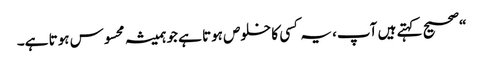
“صحیح کہتے ہیں آپ، یہ کسی کا خلوص ہوتا ہے جو ہمیشہ محسوس ہوتا ہے۔